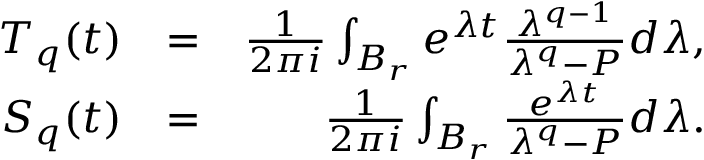
\begin{array} { r l r } { { \cal T } _ { q } ( t ) } & { = } & { \frac { 1 } { 2 \pi i } \int _ { B _ { r } } e ^ { \lambda t } \frac { \lambda ^ { q - 1 } } { \lambda ^ { q } - { \cal P } } d \lambda , } \\ { { \cal S } _ { q } ( t ) } & { = } & { \frac { 1 } { 2 \pi i } \int _ { B _ { r } } \frac { e ^ { \lambda t } } { \lambda ^ { q } - { \cal P } } d \lambda . } \end{array}